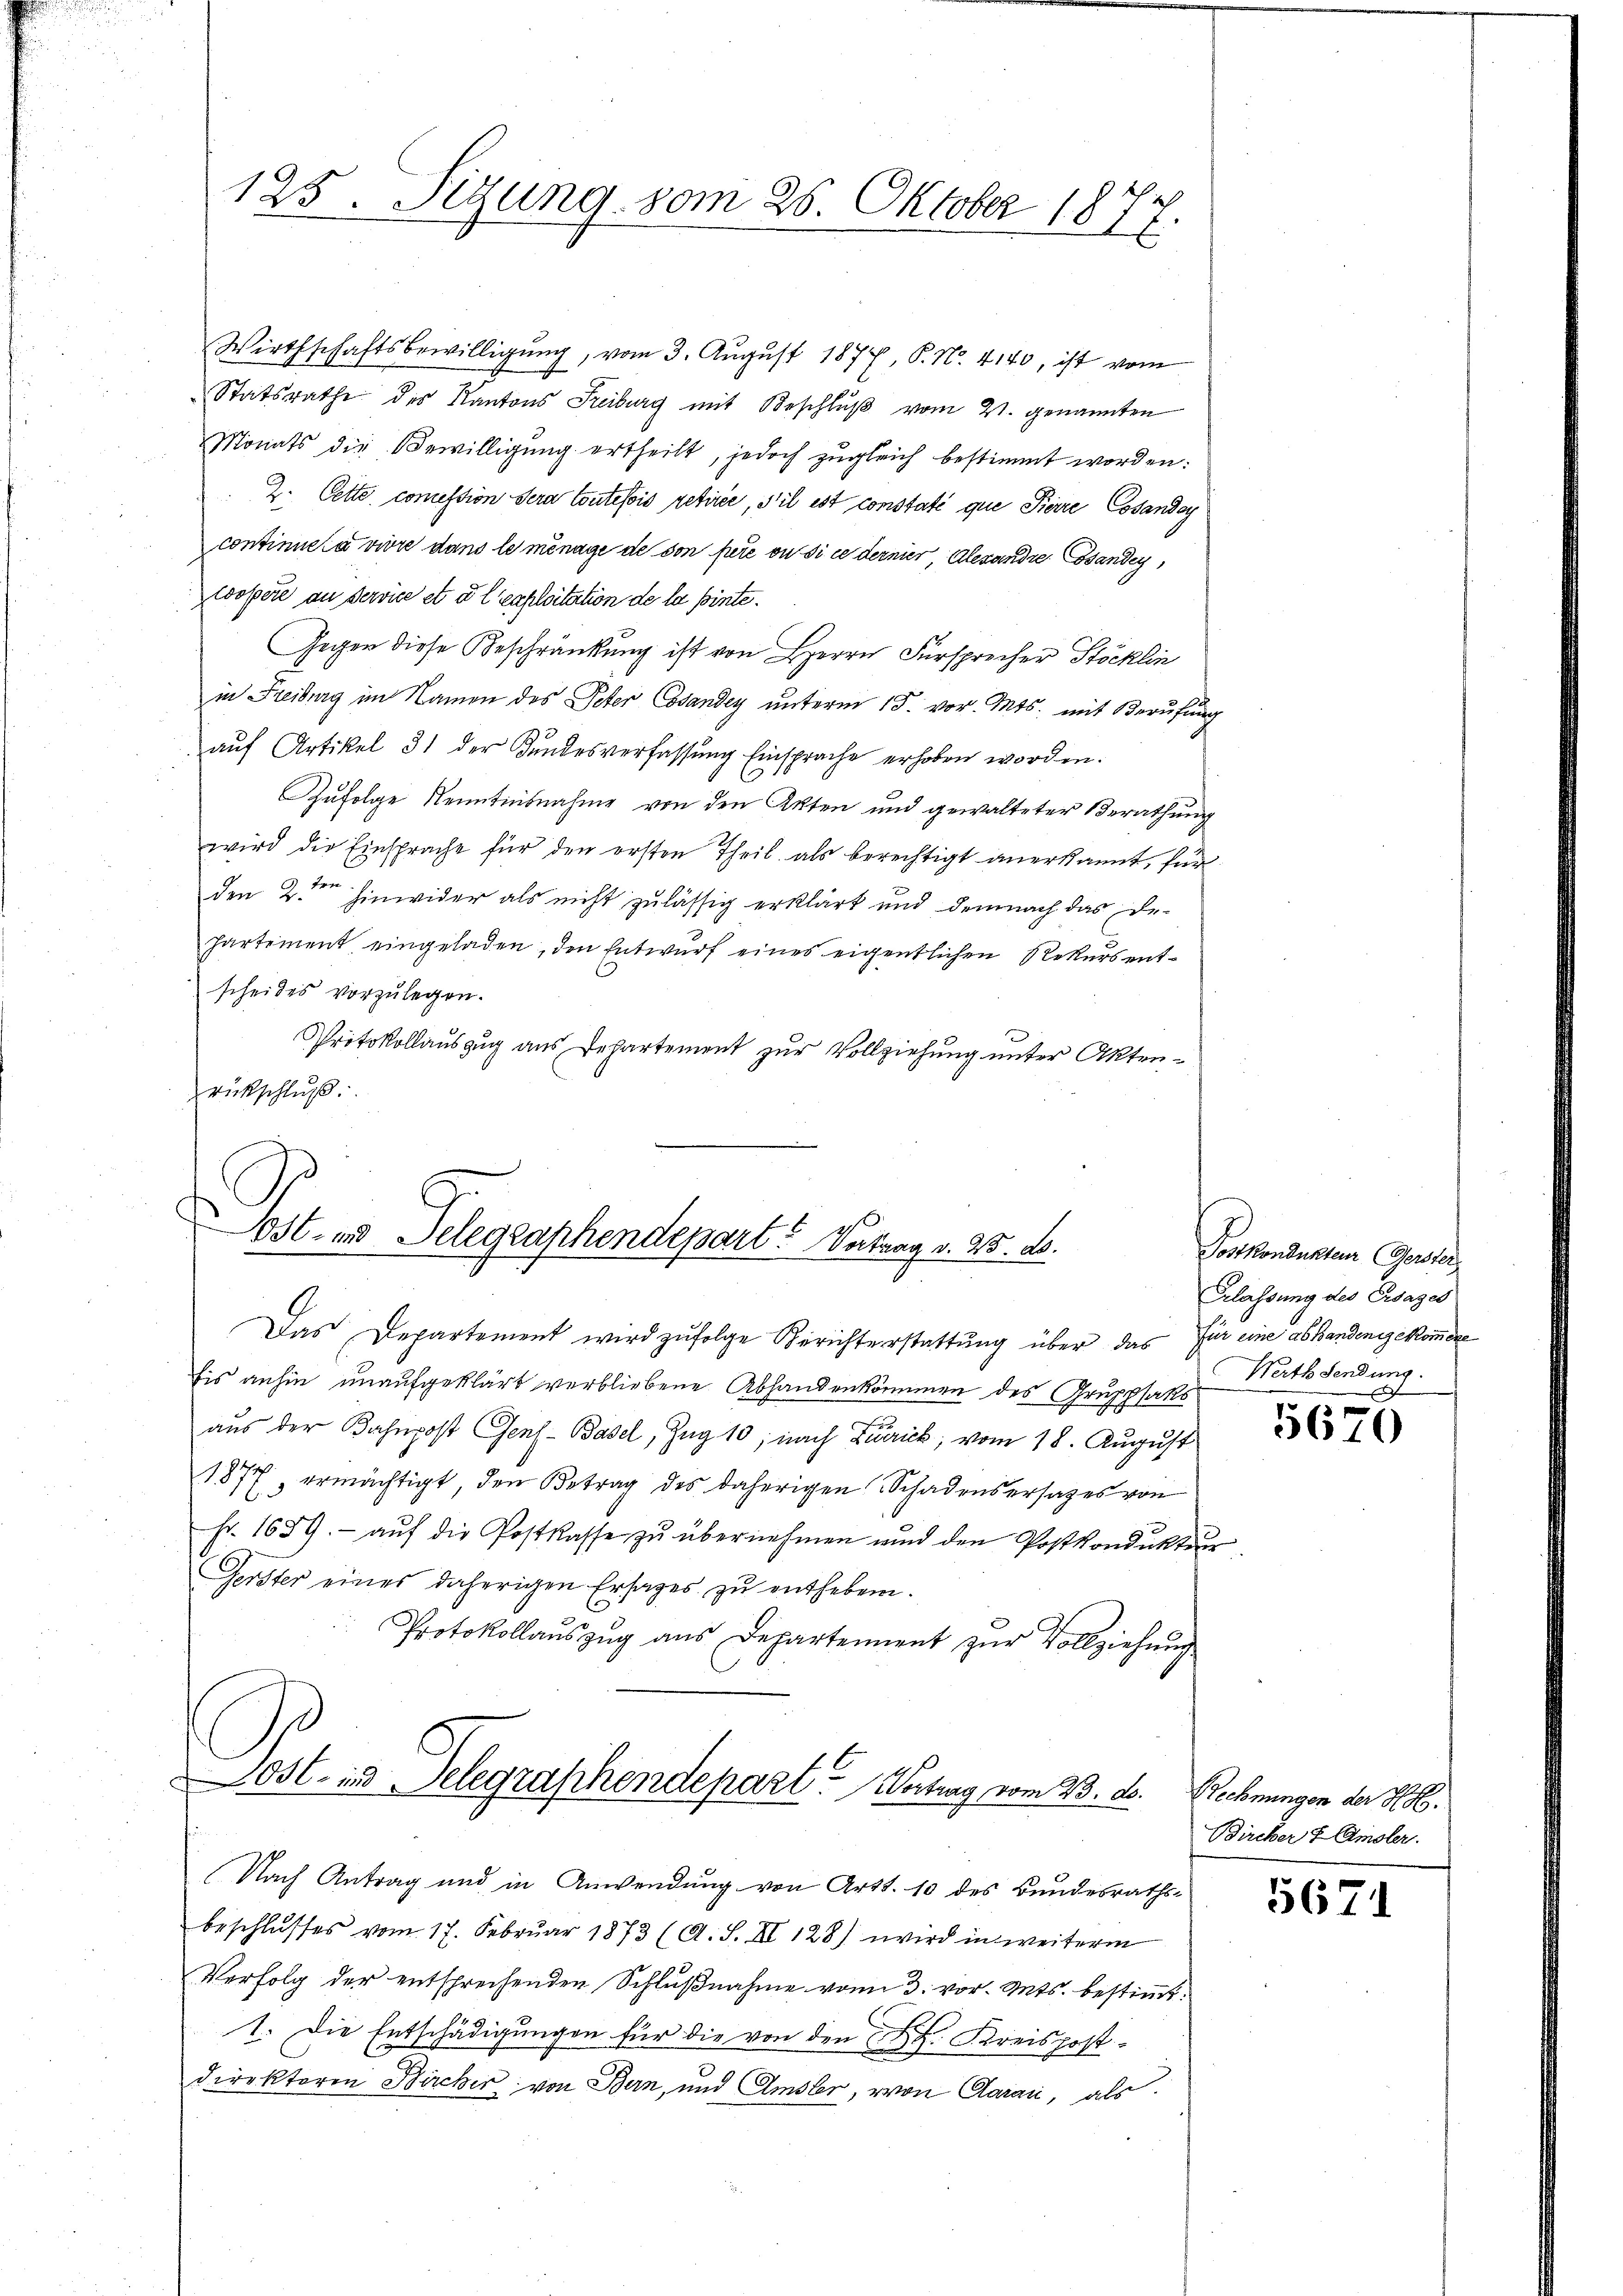
125. Sezung vom 26. Oktober 1877.

Wirthschaftsbewilligung, vom 3. August 1877, P. N. 4140, ist vom
Statsrathe des Kantons Freiburg mit Beschlŭβ vom 21. genannten
Monats die Bewilligung ertheilt, jedoch zugleich bestimmt worden:
2. Cette comession sera toutefois retirée, il est constaté que Pierre Cosanda
continuera vivre dans le ménage de son pere ou si ce dernier, Alesandte Gesandey
Coopere an Service et à l’exploitation de la pinte¬
Gegen diese Beschränkung ist von Herrn Fürsprecher Stöcklin
in Freiburg im Namen des Peter Cosantey unterm 15. vor. Mts. mit Berufung
auf Artikel 31 der Kundesverfassung Einsprache erhoben worden.
Zufolge Kenntnisnahme von den Akten und gewalteter Berathung
wird die Einsprache für den ersten Theil als berechtigt anerkannt, für
den 2ten hinwider als nicht zulässig erklärt und demnach das De-
partement eingeladen, den Entwurf eines eigentlichen Rekurs entscheides vorzulegen.
Protokollauszug aus Departement zur Vollziehung unter Aktenrückschlŭβ:
Eis anhin unaufgeklärt verbliebene Abhandenkommen des Gruppsaks
aus der Bahnpost Genf-Basel, Zug 10; nach Zutrick, vom 18. August
1877 ermächtigt, den Betrag des daherigen Schadensersatzes von
Fr. 1659. - auf die Postkasse zu übernehmen und den Postkondukten
Gerster eines daherigen Ersages zu entheben.
Protokollaŭszŭg aŭs Departement zŭr Vollziehŭng
ost- und Delegraphendepart. Vortrag vom 23. d. Rechnungen der K. H.
Nach Antrag und in Anwendung von Art. 10 des Bundesrathsbeschlusses vom 17. Februar 1873 (A. S. II 128) wird in weiterm
Verfolg der entsprechenden Schlußnahme vom 3. vor. Mts. bestimmt.
1. Die Entschädigungen für die von den H. Kreispost-
direktoren Bircher von Bern, und Amsler, von Daran, als

Post es Telegraphendepart. Vertrag v. 25. d.

Das Departement wird zŭfolge Berichterstattŭng über das für eine abhanden gekommene

Postkondukteur Gerster
Klassung des Ersages
Werth sendung.

5670

Bircker u Amsler.

5671